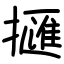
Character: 擓